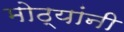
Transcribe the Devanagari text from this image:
मोठ्यांनी